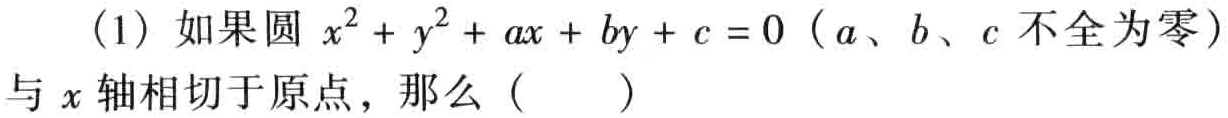
(1) 如果圆 \(x^{2}+y^{2}+ax + by + c = 0\)（\(a\)、\(b\)、\(c\) 不全为零）与 \(x\) 轴相切于原点，那么（  ）